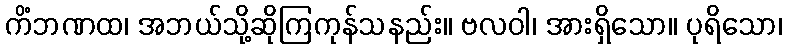
ကိံဘဏထ၊ အဘယ်သို့ဆိုကြကုန်သနည်း။ ဗလဝါ၊ အားရှိသော။ ပုရိသော၊